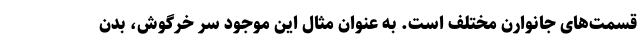
قسمت‌های جانوارن مختلف است. به عنوان مثال این موجود سر خرگوش، بدن